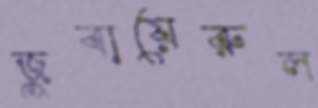
জুবায়েরুল